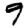
Digit: 9